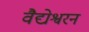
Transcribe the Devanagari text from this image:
वैद्येश्वरन